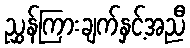
ညွှန်ကြားချက်နှင့်အညီ